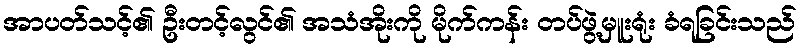
အာပတ်သင့်၏ ဦးတင့်လွင်၏ အသံအိုးကို မိုက်ကန်း တပ်ဖွဲ့မှူးရုံး ခံရခြင်းသည်